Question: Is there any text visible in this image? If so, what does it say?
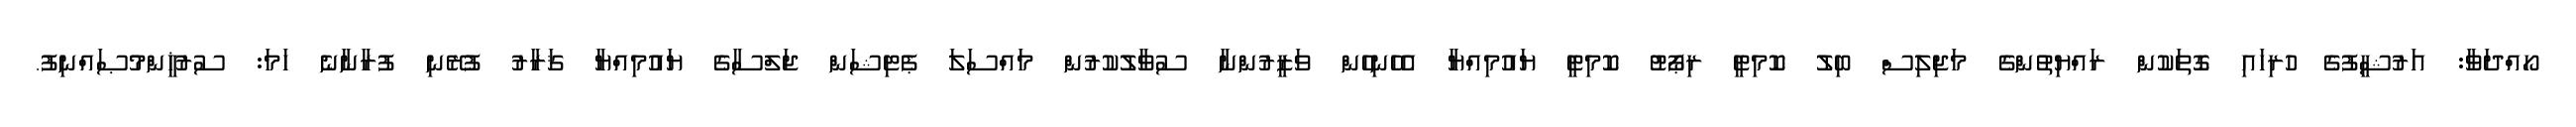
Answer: ހޯއްދަވާ: އަރުޝީފުގެ ހުރިހައި ގޮތަކުން ރައްޔިތުންގެ މަޖިލިސް ބިލު ކޮމިޓީ ރިޕޯޓު ކޮމިޓީ ޔައުމިއްޔާ އެހެނިހެން ވަޒީރުންނާ ސުވާލުކުރުން މައްސަލަ ޕެޓިޝަން ޖަލްސާގެ ޔައުމިއްޔާ ޤަރާރު ފުރޭނި ފުރާނާނެ ހަމަ: ސުރުޚީންމުޞައްނިފު.